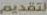
لتقديم